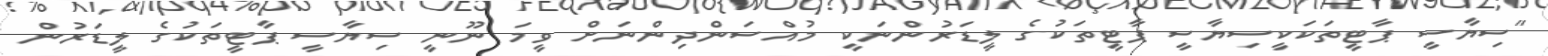
"ސިޔާސީ ޕާޓީތަކަކީސިޔާސީ ޕާޓީތަކުގެ ލީޑަރުންނަކީ މުއްސަންދިންނަށް ވީމަ ނޫނީ ސިޔާސީ ޕާޓީތަކުގެ ލީޑަރުން